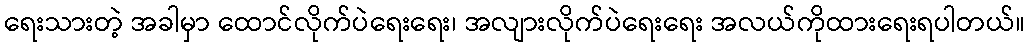
ရေးသားတဲ့ အခါမှာ ထောင်လိုက်ပဲရေးရေး၊ အလျားလိုက်ပဲရေးရေး အလယ်ကိုထားရေးရပါတယ်။